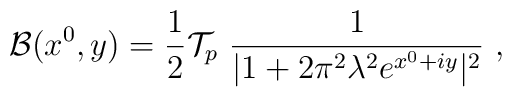
{\cal B}(x^0,y) = {1\over 2}{\cal T}_p~{1\over |1+ 2\pi^2\lambda^2 e^{x^0+iy}|^2}~,